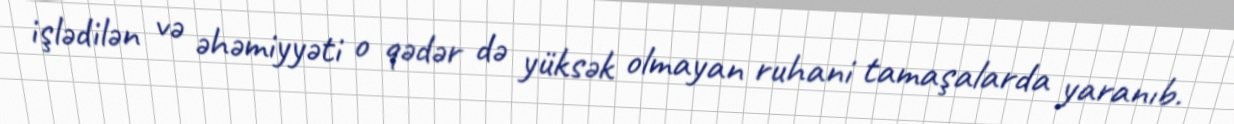
işlədilən və əhəmiyyəti o qədər də yüksək olmayan ruhani tamaşalarda yaranıb.